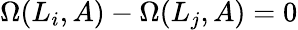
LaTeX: \Omega(L_{i},A)-\Omega(L_{j},A)=0